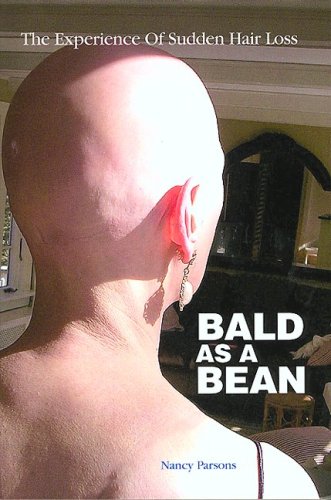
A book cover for Bald As A Bean; Nancy Parsons; Health, Fitness & Dieting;